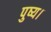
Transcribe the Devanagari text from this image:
पुष्य।